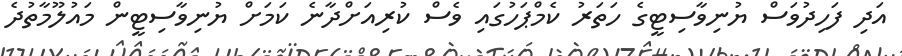
އަދި ފަހިދުވަސް ޔުނިވާސިޓީގެ ހަތަރު ކެމްޕަހުގައި ވެސް ކުރިއަށްދާނެ ކަމަށް ޔުނިވާސިޓީން މައުލޫމާތުދެ